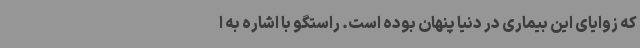
که زوایای این بیماری در دنیا پنهان بوده است. راستگو با اشاره به ا